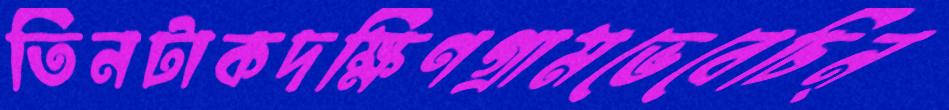
তিনটাকদক্ষিণগ্রামভেবেচিন্